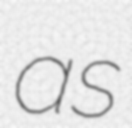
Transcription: as